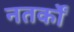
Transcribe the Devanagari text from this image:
नतर्कों